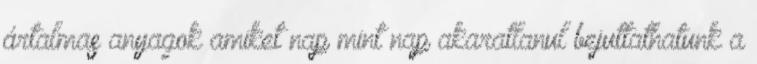
ártalmas anyagok amiket nap mint nap akaratlanul bejuttathatunk a